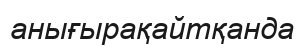
анығырақайтқанда